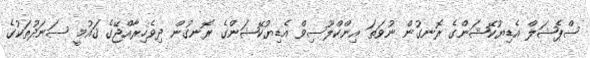
ސްޕެޝަލް އެޑިޔުކޭޝަންގެ ރޮނގުން ނުވަތަ އިންކްލޫސިވް އެޑިޔުކޭޝަންގެ ރޮނގުން ދިވެހިރާއްޖޭގެ ޤައުމީ ސަނަދުތަކުގެ